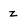
Character: z